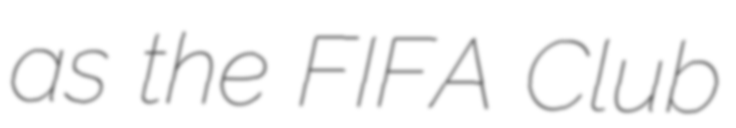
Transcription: as the FIFA Club